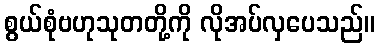
စွယ်စုံဗဟုသုတတို့ကို လိုအပ်လှပေသည်။